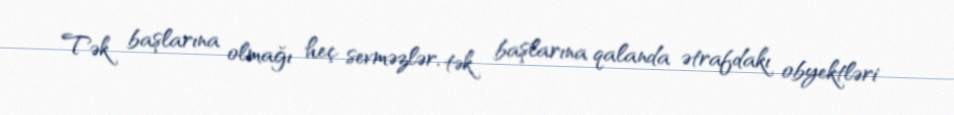
Tək başlarına olmağı heç sevməzlər, tək başlarına qalanda ətrafdakı obyektləri